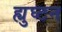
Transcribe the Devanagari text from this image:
ह्युघ्टन